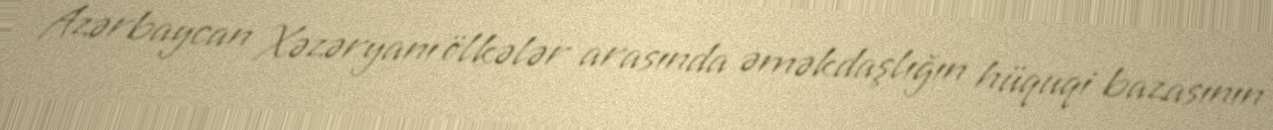
Azərbaycan Xəzəryanı ölkələr arasında əməkdaşlığın hüquqi bazasının